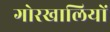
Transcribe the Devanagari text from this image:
गोरखालियों